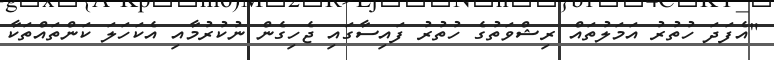
"އެފަދަ ހުތުރު އަމަލުތައް ރިޝްވަތުގެ ހުތުރު ފައިސާގައި ޖެހިގެން ނުކުރުމާއި އެކަހަލަ ކަންތައްތަކާ